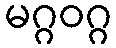
မဂ္ဂဝဂ္ဂ